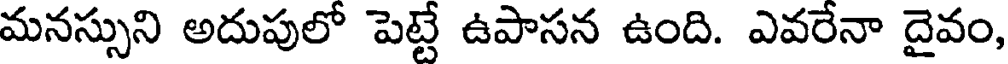
మనస్సుని అదుపులో పెట్టే ఉపాసన ఉంది. ఎవరేనా దైవం,